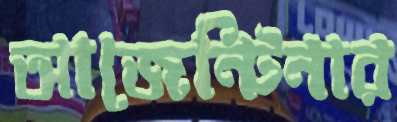
আজেন্টিনার